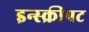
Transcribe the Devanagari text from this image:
इन्स्क्रीपट